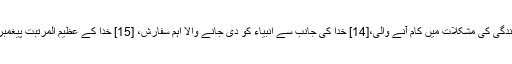
قرآن نماز کو گناہوں سے روکنے والی، [12] انسان کی فلاح اور کامیابی کا وسیلہ،[13] زندگی کی مشکلات میں کام آنے والی،[14] خدا کی جانب سے انبیاء کو دی جانے والا اہم سفارش، [15] خدا کے عظیم المرتبت پیغمبروں کی سب سے بڑی نگرانی بطور خاص اپنے خاندان کے بارے میں، [16] قرار دیا ہے۔